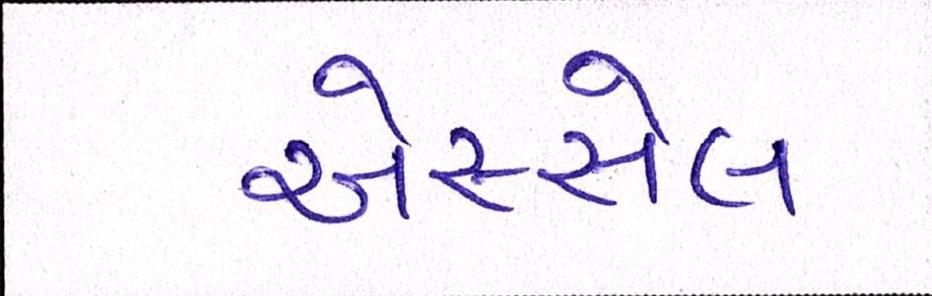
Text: એસ્સેલ